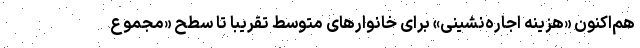
هم‌اکنون «هزینه اجاره‌نشینی» برای خانوارهای متوسط تقریبا تا سطح «مجموع